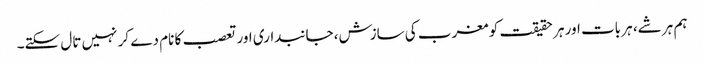
ہم ہر شے، ہر بات اور ہر حقیقت کو مغرب کی سازش، جانبداری اور تعصب کا نام دے کر نہیں تال سکتے۔